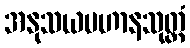
အနုသယပဟာနသုတ္တံ